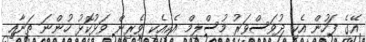
އޭގެ ފަހުން އެކި ދުވަސްވަރު މުސްލިމް އެކިއެކި ވެރިން ވަޅުކޮޅު ހުންނަ ތަނާއި